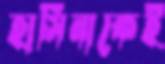
হাসিনাকেই